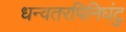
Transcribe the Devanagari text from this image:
धन्वतरपिनिघंटु